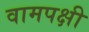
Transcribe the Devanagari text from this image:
वामपक्षी